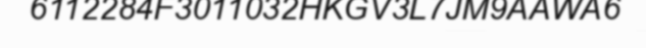
6112284F3011032HKGV3L7JM9AAWA6